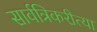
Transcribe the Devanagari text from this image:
सार्वत्रिकरीत्या